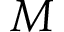
M